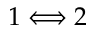
1 \Longleftrightarrow 2